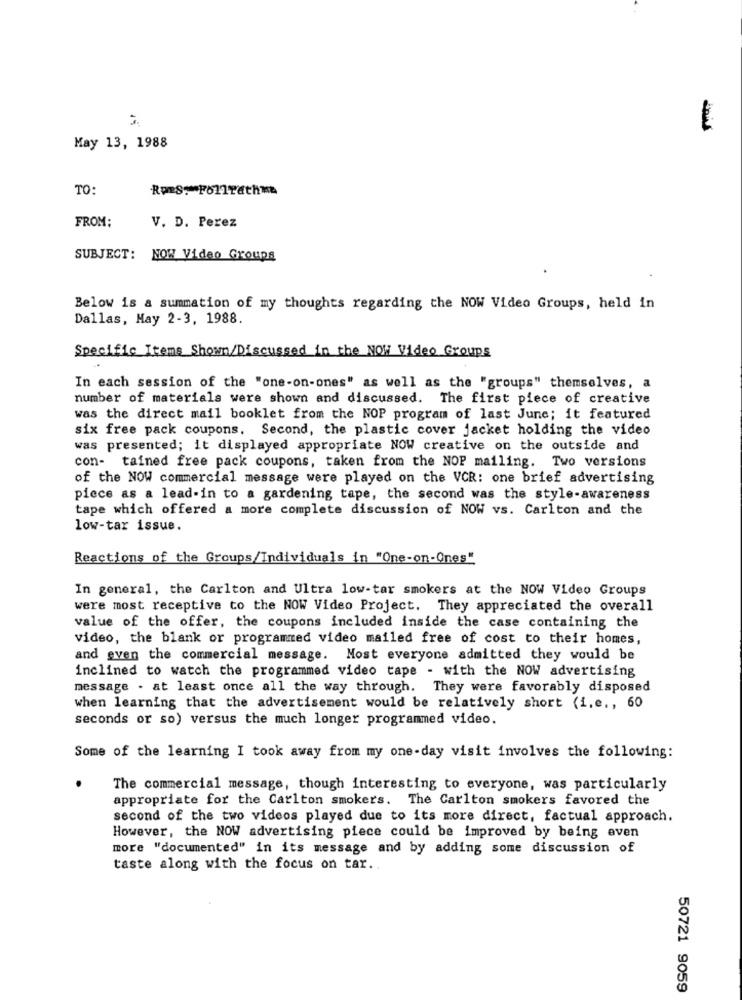
May 13, 1988
TO:
Roms: Follfathna
FROM:
V. D. Perez
SUBJECT:
NOW Video Groups
Below is & summation of my thoughts regarding the NOW Video Groups, held in
Dallas, May 2-3, 1988.
Specific Items Shown/Discussed in the NOW Video Groups
In each session of the "one-on-ones" as well as the "groups" themselves, a
number of materials were shown and discussed. The first piece of creative
was the direct mail booklet from the NOP program of last June; it featured
six free pack coupons. Second, the plastic cover jacket holding the video
was presented; it displayed appropriate NOW creative on the outside and
con- tained free pack coupons, taken from the NOP mailing. Two versions
of the NOW commercial message were played on the VCR: one brief advertising
piece as a lead-in to a gardening tape, the second was the style-awareness
tape which offered a more complete discussion of NOW vs. Carlton and the
low-tar issue.
Reactions of the Groups/Individuals in "One-on-Ones"
In general, the Carlton and Ultra low-tar smokers at the NOW Video Groups
were most receptive to the NOW Video Project. They appreciated the overall
value of the offer, the coupons included inside the case containing the
video, the blank or programmed video mailed free of cost to their homes,
and even the commercial message. Most everyone admitted they would be
inclined to watch the programmed video tape - with the NOW advertising
message . at least once all the way through. They were favorably disposed
when learning that the advertisement would be relatively short (i.e ., 60
seconds or so) versus the much longer programmed video.
Some of the learning I took away from my one-day visit involves the following:
The commercial message, though interesting to everyone, was particularly
appropriate for the Carlton smoker's. The Carlton smokers favored the
second of the two videos played due to its more direct, factual approach.
However, the NOW advertising piece could be improved by being aven
more "documented" in its message and by adding some discussion of
taste along with the focus on tar ..
50721 9059